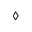
\diamond